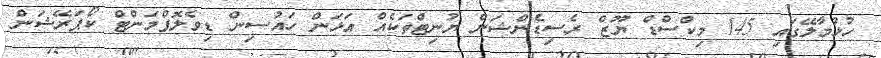
ހުޅުމާލޭގައި 145 މިކްސްޑް ޔޫޒް ރެސިޑެންޝަން ޔުނިޓްތަކެއް އަޅަން ހައުސިން ޑިވެލޮޕްމަންޓް ކޯޕަރޭޝަން